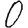
Digit: 0